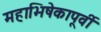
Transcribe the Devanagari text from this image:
महाभिषेकापूर्वी